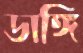
ডাঙ্গি